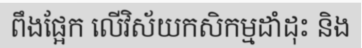
ពឹងផ្អែក លើវិស័យកសិកម្មដាំដុះ និង